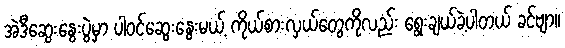
အဲဒီဆွေးနွေးပွဲမှာ ပါဝင်ဆွေးနွေးမယ့် ကိုယ်စားလှယ်တွေကိုလည်း ရွေးချယ်ခဲ့ပါတယ် ခင်ဗျာ။